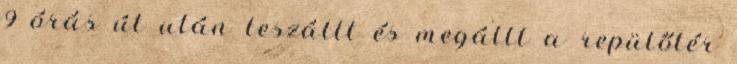
9 órás út után leszállt és megállt a repülőtér